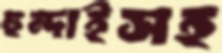
হুন্দাইসহ